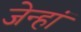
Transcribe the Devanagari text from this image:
जेन्हां